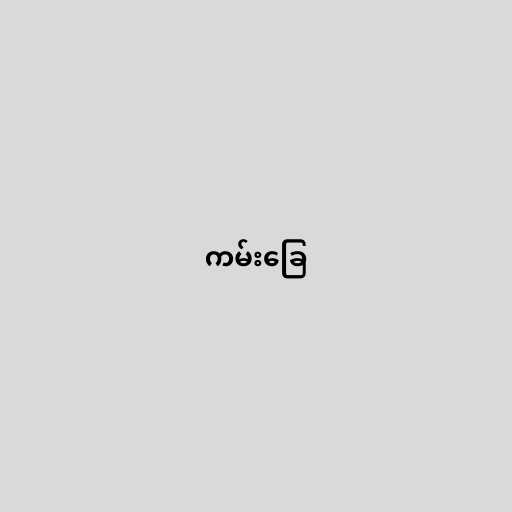
ကမ်းခြေ